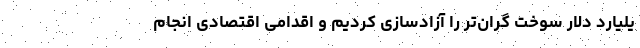
یلیارد دلار سوخت گران‌تر را آزادسازی کردیم و اقدامی اقتصادی انجام